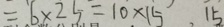
= 6 \times 2 5 = 1 0 \times 1 5 . 1 5